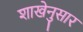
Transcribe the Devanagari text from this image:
शाखेनुसार